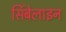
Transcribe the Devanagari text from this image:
सिंबेलाइन